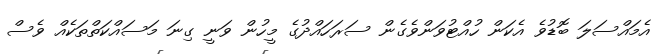
އެމައްސަލަ ބޮޑުވެ އެކަން ހުއްޓުވަންވެގެން ސަރަހައްދުގެ މީހުން ވަނީ ގިނަ މަސައްކަތްތަކެއް ވެސް